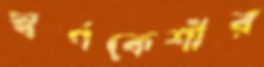
স্বর্ণকেশীর